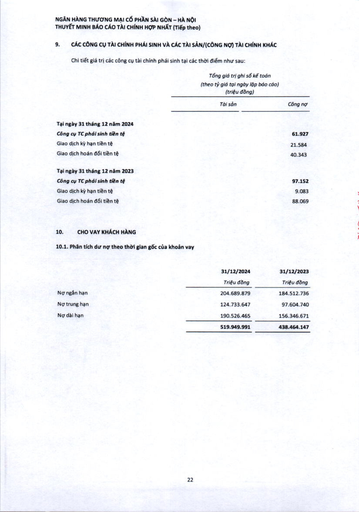
||Tổng giá trị (theo tỷ giá tại (triệu|ghi sổ kế toán ngày lập báo cáo) đồng)| |---|---|---| ||Tài sản|Công nợ| |Tại ngày 31 tháng 12 năm 2024||61.927| |Công cụ TC phái sinh tiền tệ||61.927| |Giao dịch kỳ hạn tiền tệ||21.584| |Giao dịch hoán đổi tiền tệ||40.343| |Tại ngày 31 tháng 12 năm 2023||97.152| |Công cụ TC phái sinh tiền tệ||97.152| |Giao dịch kỳ hạn tiền tệ||9.083| |Giao dịch hoán đổi tiền tệ||88.069| ||31/12/2024|31/12/2023| |---|---|---| ||Triệu đồng|Triệu đồng| |Nợ ngắn hạn|204.689.879|184.512.736| |Nợ trung hạn|124.733.647|97.604.740| |Nợ dài hạn|190.526.465|156.346.671| ||519.949.991|438.464.147|